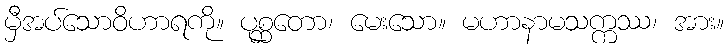
မှီအပ်သောဝိဟာရကို။ ပုစ္ဆတော၊ မေးသော။ မဟာနာမသက္ကဿ၊ အား။